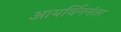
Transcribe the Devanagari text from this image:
आयर्विननंतर